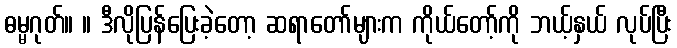
ဓမ္မဂုတ်။ ။ ဒီလိုပြန်ပြေးခဲ့တော့ ဆရာတော်များက ကိုယ်တော့်ကို ဘယ့်နှယ် လုပ်ပြီး